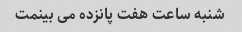
شنبه ساعت هفت پانزده می بینمت